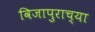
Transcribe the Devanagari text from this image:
विजापुराच्या